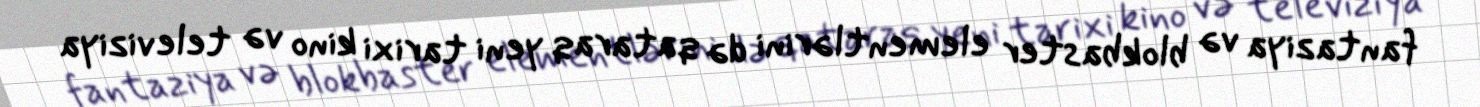
fantaziya və blokbaster elementlərini də qataraq yeni tarixi kino və televiziya